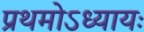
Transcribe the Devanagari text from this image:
प्रथमोऽध्यायः